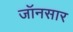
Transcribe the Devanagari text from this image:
जॉनसार